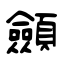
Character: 顩